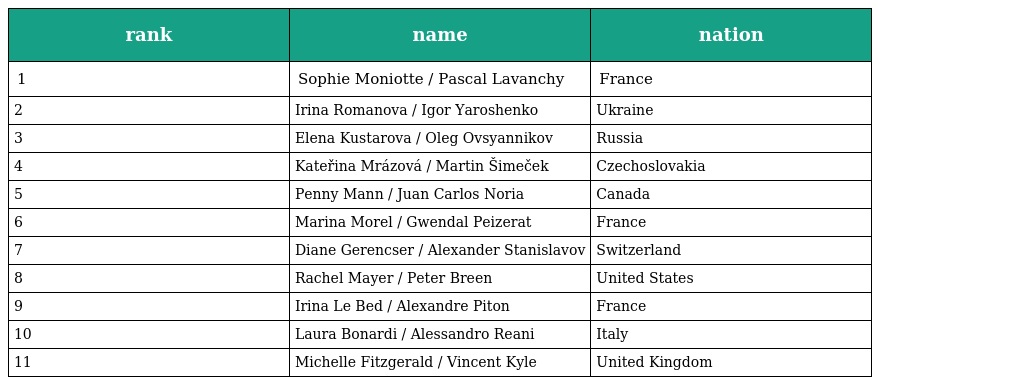
| rank | name | nation |
 | --- | --- | --- |
 | 1 | Sophie Moniotte / Pascal Lavanchy | France |
 | 2 | Irina Romanova / Igor Yaroshenko | Ukraine |
 | 3 | Elena Kustarova / Oleg Ovsyannikov | Russia |
 | 4 | Kateřina Mrázová / Martin Šimeček | Czechoslovakia |
 | 5 | Penny Mann / Juan Carlos Noria | Canada |
 | 6 | Marina Morel / Gwendal Peizerat | France |
 | 7 | Diane Gerencser / Alexander Stanislavov | Switzerland |
 | 8 | Rachel Mayer / Peter Breen | United States |
 | 9 | Irina Le Bed / Alexandre Piton | France |
 | 10 | Laura Bonardi / Alessandro Reani | Italy |
 | 11 | Michelle Fitzgerald / Vincent Kyle | United Kingdom |